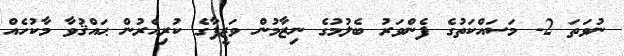
ނުވަތަ 2- މަސައްކަތުގެ ފެންވަރު ބެލުމުގެ ނިޒާމުން ވަޒީފާގެ ކުރިއެރުން ޙައްޤުވާ މާކުހެއް